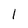
Character: 1